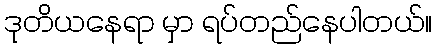
ဒုတိယနေရာ မှာ ရပ်တည်နေပါတယ်။